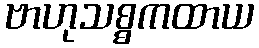
ဗာဟုသစ္စကထာယ